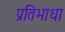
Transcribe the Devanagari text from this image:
प्रतिभाधा